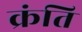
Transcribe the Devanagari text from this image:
क्रंति